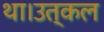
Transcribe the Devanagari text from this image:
था।उत्कल